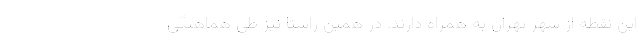
این نقطه از شهر تهران به همراه دارند. در همین راستا نیز طی هماهنگی